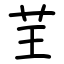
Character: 𦬬